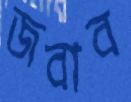
জবাব